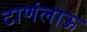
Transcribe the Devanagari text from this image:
टाणंलाऊ